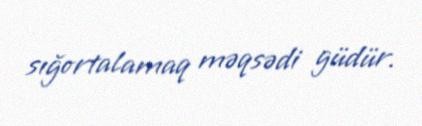
sığortalamaq məqsədi güdür.